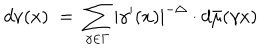
LaTeX: d \nu ( x ) \; = \; \sum _ { \gamma \in \Gamma } | \gamma ^ { \prime } ( x ) | ^ { - \Delta } \cdot d \bar { \mu } ( \gamma x )